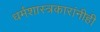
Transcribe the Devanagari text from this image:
धर्मशास्त्रकारांनीही